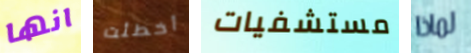
انها أخطئت مستشفيات لماذا